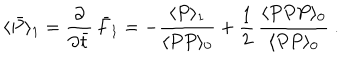
LaTeX: \langle \bar { P } \rangle _ { 1 } = { \frac { \partial } { \partial \bar { t } } } \, \bar { F } _ { 1 } = - { \frac { \langle P \rangle _ { 1 } } { \langle P P \rangle _ { 0 } } } + { \frac { 1 } { 2 } } \, { \frac { \langle P P P \rangle _ { 0 } } { \langle P P \rangle _ { 0 } } } \ .